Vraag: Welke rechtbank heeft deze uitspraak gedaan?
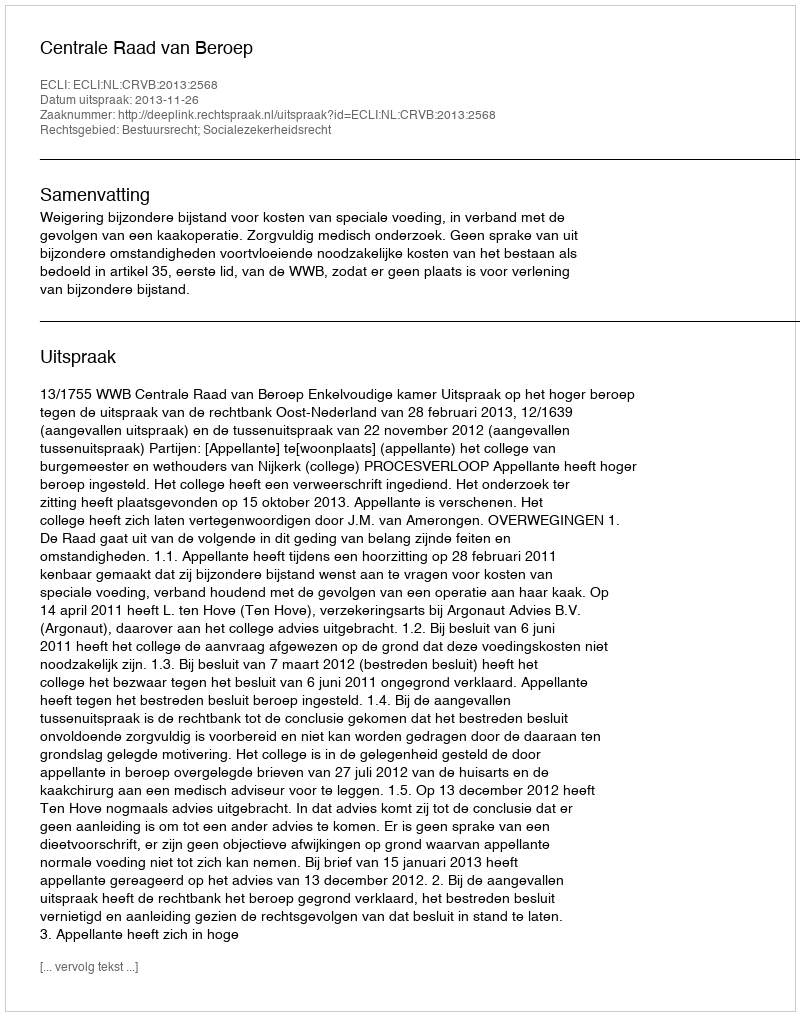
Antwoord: Centrale Raad van Beroep